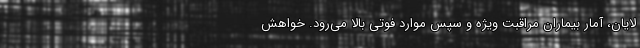
لایان، آمار بیماران مراقبت ویژه و سپس موارد فوتی بالا می‌رود. خواهش